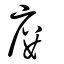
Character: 廔